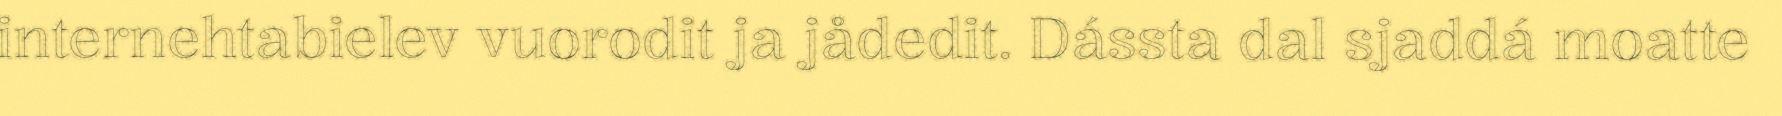
internehtabielev vuorodit ja jådedit. Dássta dal sjaddá moatte